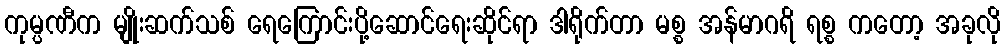
ကုမ္ပဏီက မျိုးဆက်သစ် ရေကြောင်းပို့ဆောင်ရေးဆိုင်ရာ ဒါရိုက်တာ မစ္စ အန်မာဂရိ ရစ္စ ကတော့ အခုလို